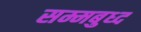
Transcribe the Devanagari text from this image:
सम्मबुध्द